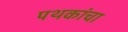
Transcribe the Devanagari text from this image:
पथकांचा